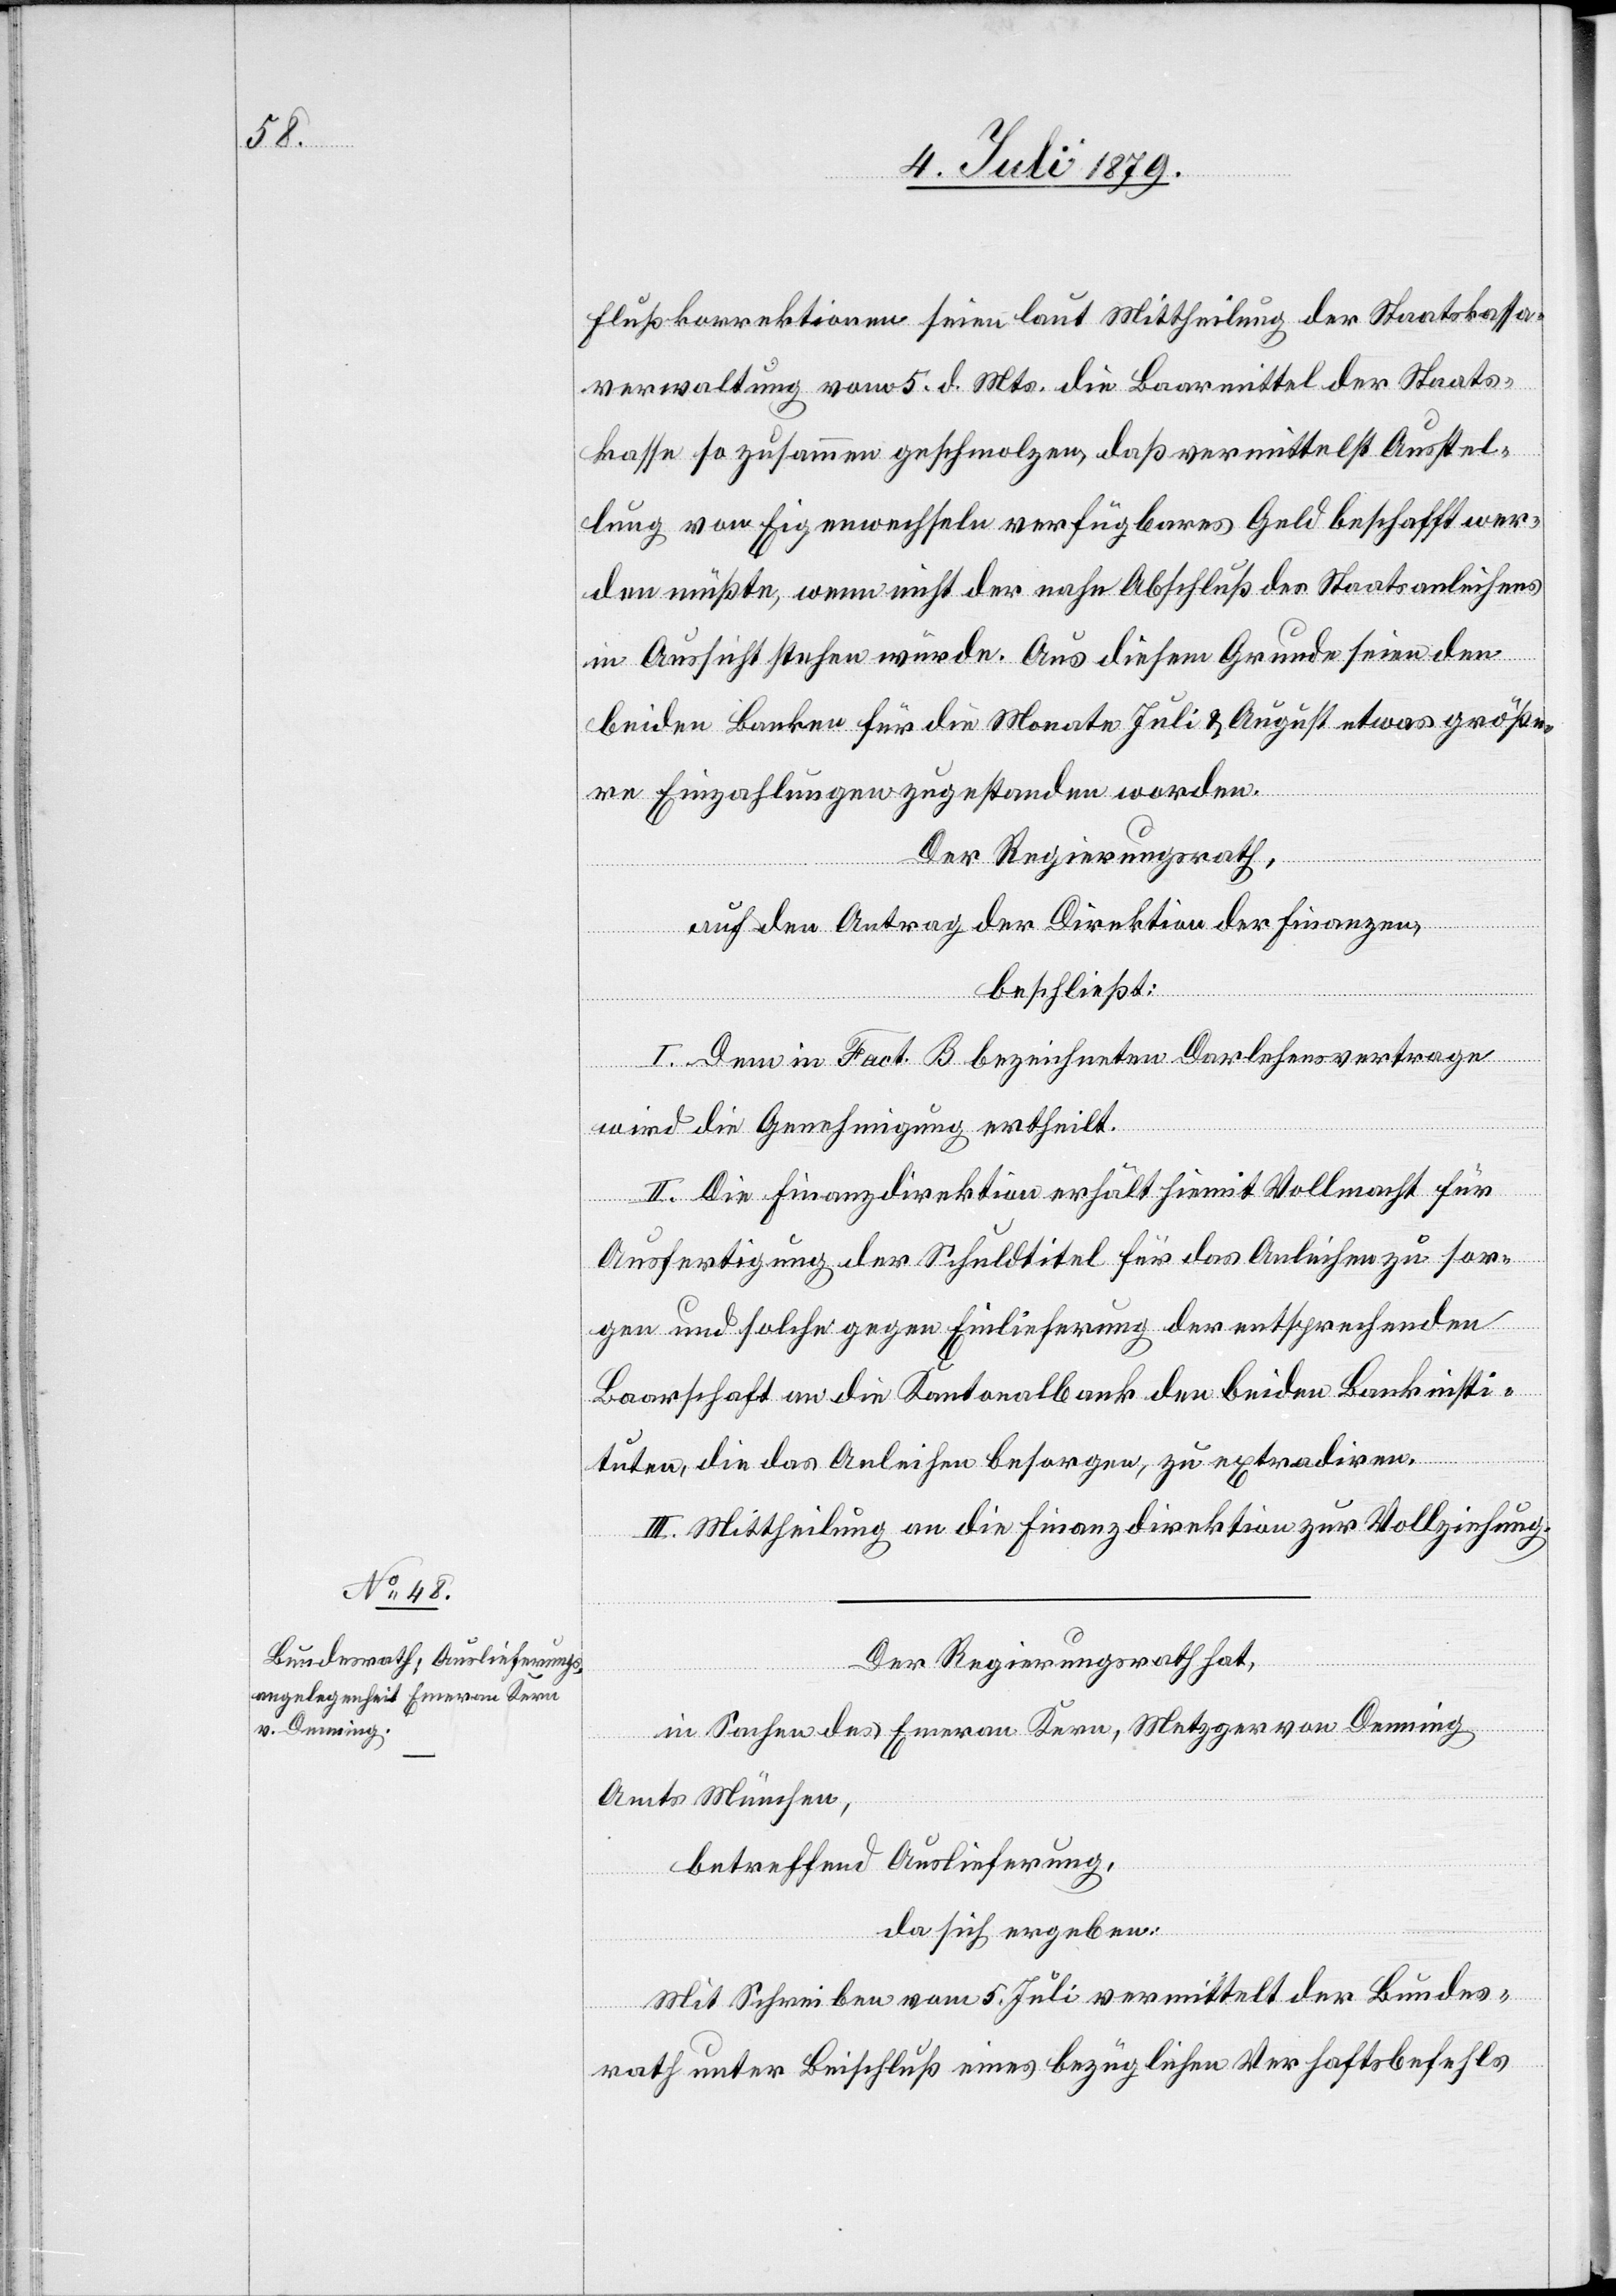
9. Juli 1879.]
Flußkorrektionen seien laut Mittheilung der Staatskassa¬
verwaltung vom 5. d. Mts. die Baarmittel der Staats¬
kasse so zusammen geschmolzen, daß vermittelst Ausstel¬
lung von Eigenwechseln verfügbares Geld beschafft wer¬
den müßte, wenn nicht der nahe Abschluß des Staatsanleihens
in Aussicht stehen würde. Aus diesem Grunde seien den
beiden Banken für die Monate Juli & August etwas größe¬
re Einzahlungen zugestanden worden.
Der Regierungsrath,
auf den Antrag der Direktion der Finanzen,
beschließt:
I. Dem in Fact. B bezeichneten Darlehensvertrage
wird die Genehmigung ertheilt.
II. Die Finanzdirektion erhält hiemit Vollmacht für
Ausfertigung der Schuldtitel für das Anleihen zu sor¬
gen und solche gegen Einlieferung der entsprechenden
Baarschaft an die Kantonalbank den beiden Bankinsti¬
tuten, die das Anleihen besorgen, zu extradiren.
III. Mittheilung an die Finanzdirektion zur Vollziehung.
Der Regierungsrath hat,
in Sachen des Emeran Kern, Metzger von Denning
Amts München,
betreffend Auslieferung,
da sich ergeben:
Mit Schreiben vom 5. Juli vermittelt der Bundes¬
rath unter Beischluß eines bezüglichen Verhaftsbefehls